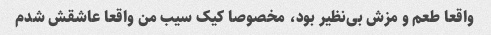
واقعا طعم و مزش بی‌نظیر بود، مخصوصا کیک سیب من واقعا عاشقش شدم